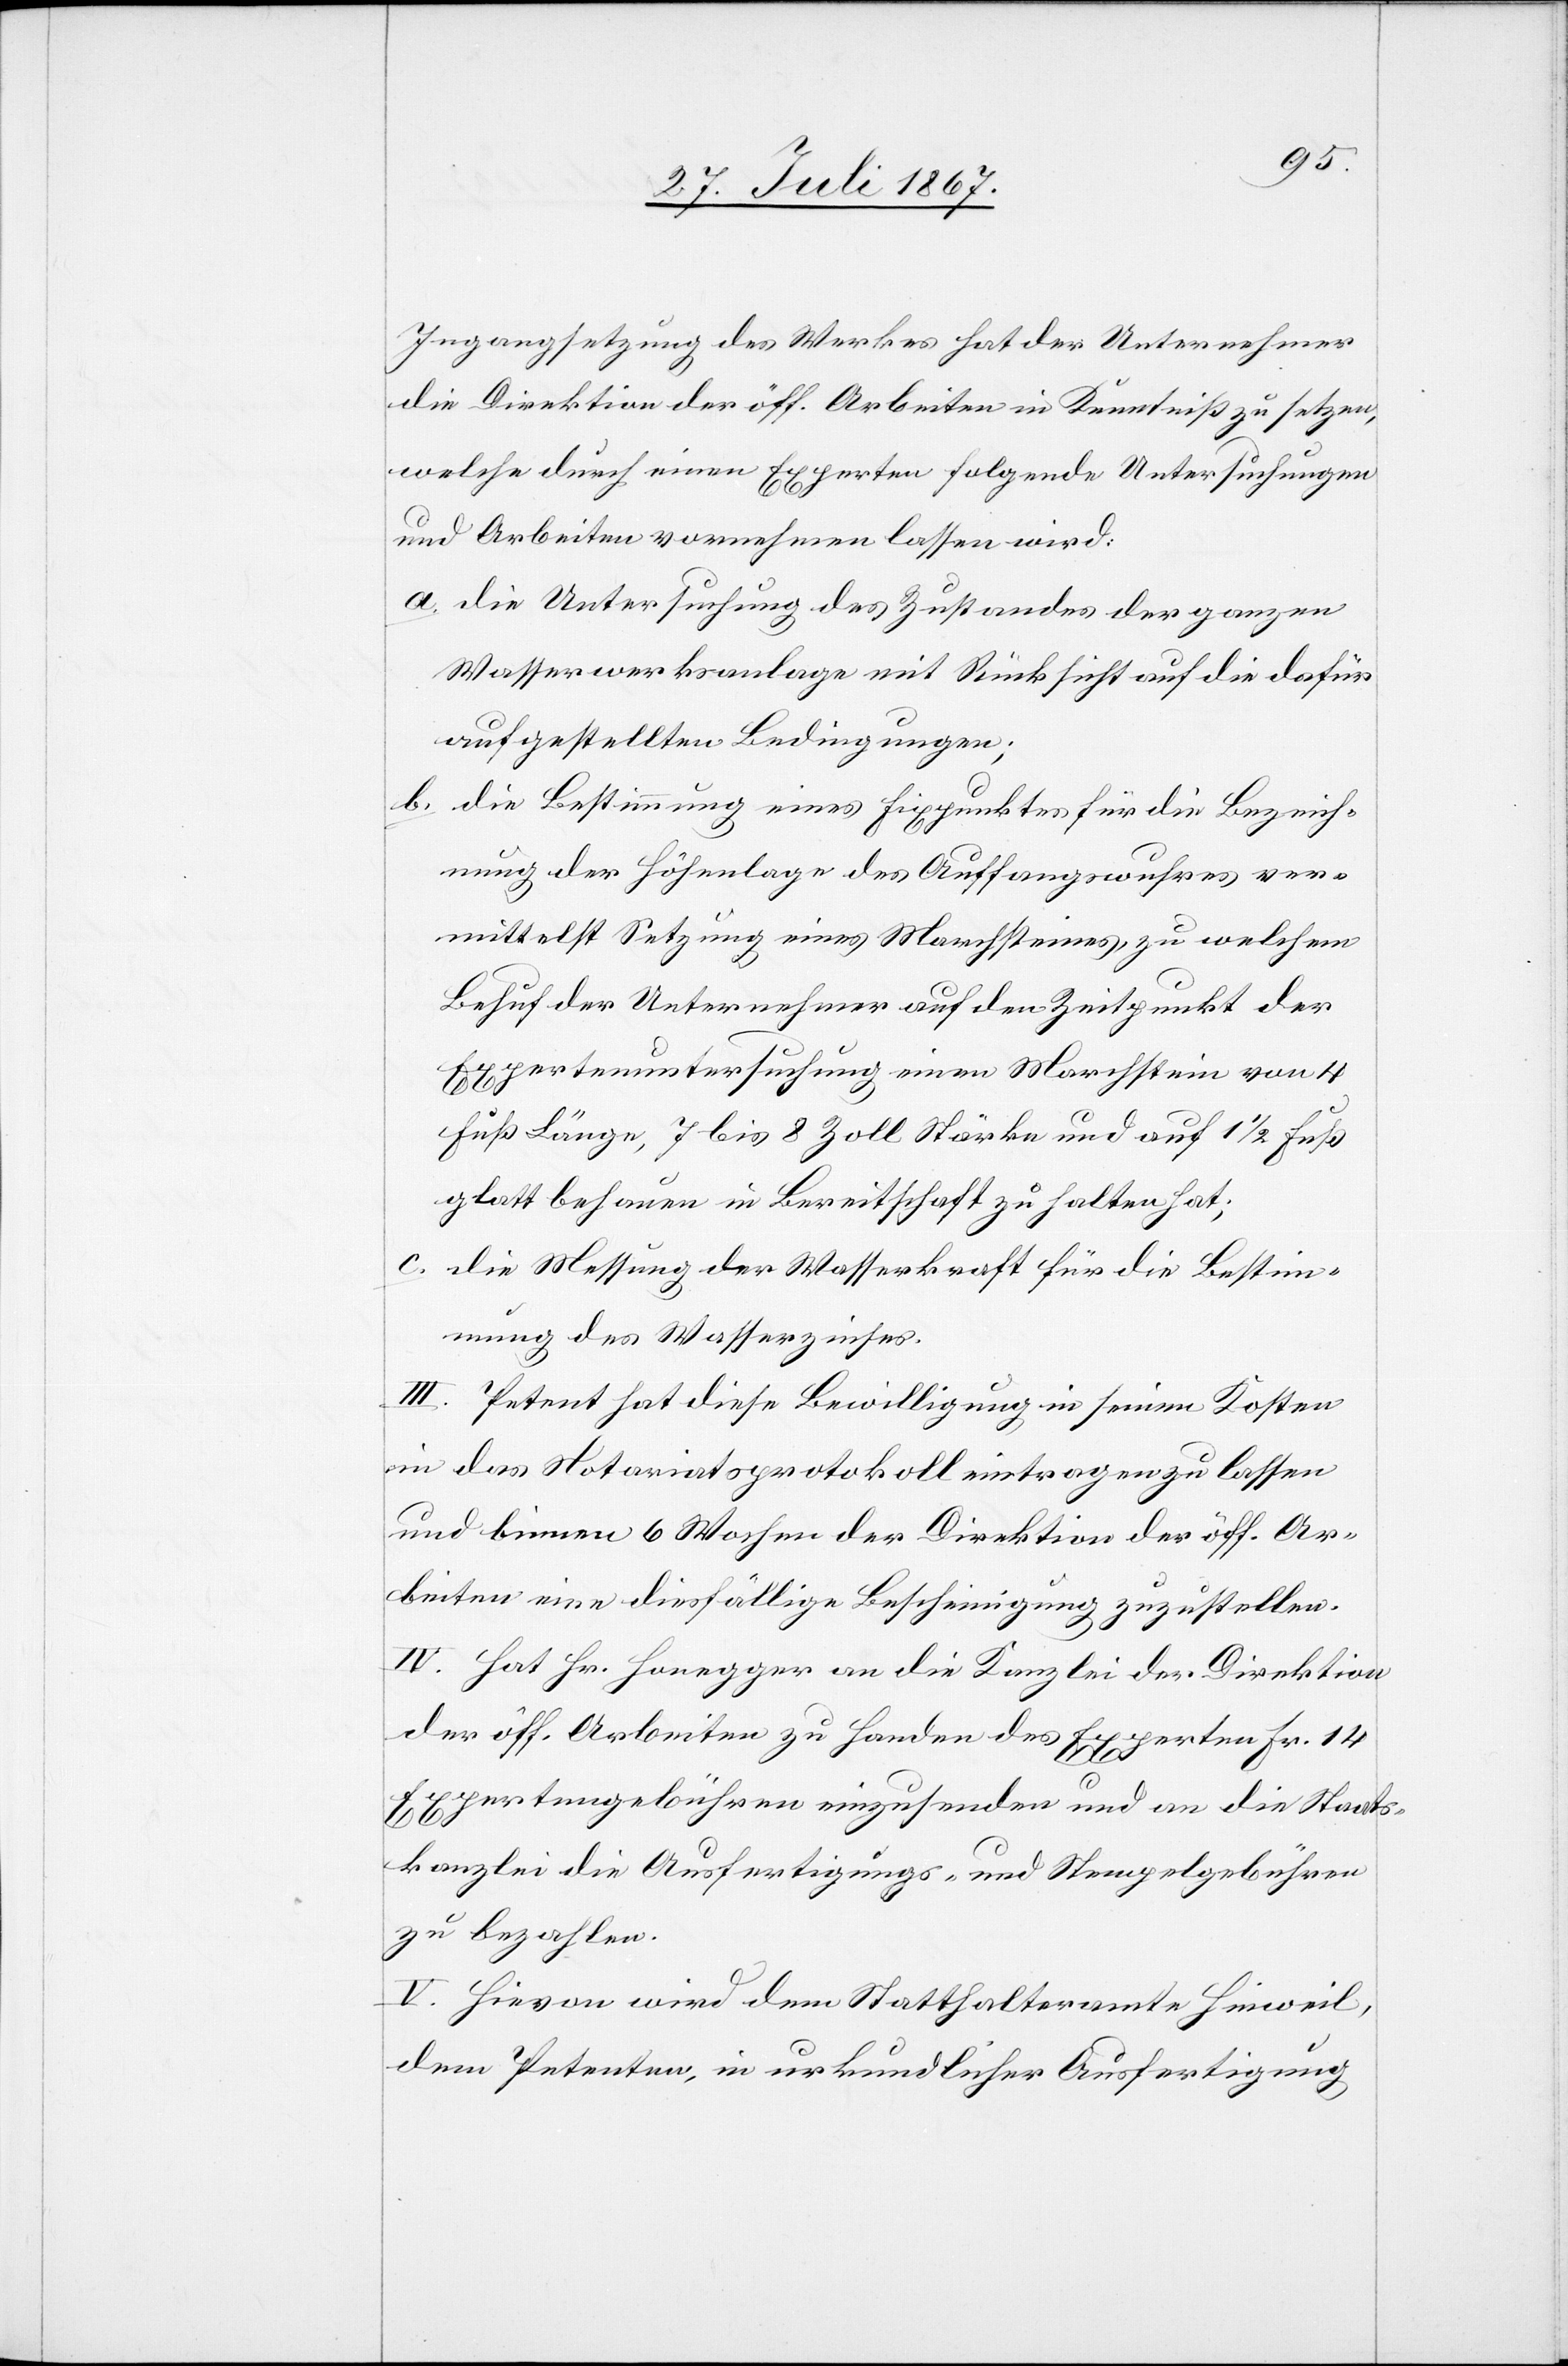
Ingangsetzung des Werkes hat der Unternehmer
die Direktion der öff. Arbeiten in Kenntniß zu setzen,
welche durch einen Experten folgende Untersuchungen
und Arbeiten vornehmen lassen wird:
a. die Untersuchung des Zustandes der ganzen
Wasserwerksanlage mit Rücksicht auf die dafür
aufgestellten Bedingungen;
b. die Bestimmung eines Fixpunktes für die Bezeich¬
nung der Höhenlage des Auffangswuhres vor¬
mittelst Setzung eines Marchsteines, zu welchem
Behuf der Unternehmer auf den Zeitpunkt der
Expertenuntersuchung einen Marchstein von 4
Fuß Länge, 7 bis 8 Zoll Stärke und auf 1 1/2 Fuß
glatt behauen in Bereitschaft zu halten hat;
c.
die Messung der Wasserkraft für die Bestim¬
mung des Wasserzinses.
III. Petent hat diese Bewilligung in seinen Kosten
in das Notariatsprotokoll eintragen zu lassen
und binnen 6 Wochen der Direktion der öff. Ar¬
beiten eine diesfällige Bescheinigung zuzustellen.
IV. Hat Hr. Honegger an die Kanzlei der Direktion
der öff. Arbeiten zu Handen des Experten Fr. 14
Expertengebühren einzusenden und an die Staats¬
kanzlei die Ausfertigungs- und Stempelgebühren
zu bezahlen.
V. Hievon wird dem Statthalteramte Hinweil,
dem Petenten, in urkundlicher Ausfertigung